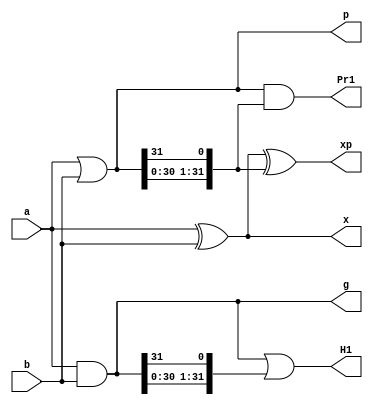
// Using Ling recursion

// 32-bit Modulo adder 
//--------------------------------------------------------------------------------------

// Stage 1
module L32_stage_1(a, b, g, p, x, xp, H1, Pr1);
    
    input [31:0]a;
    input [31:0]b;
    output [31:0]g;
    output [31:0]p;
    output [31:0]x;
    output [31:0]xp;     
    output [31:0]H1;  //Ling-carry
    output [31:0]Pr1; // Group propagate
    
    assign g[31:0] = a[31:0] & b[31:0] ;
    assign p[31:0] = a[31:0] | b[31:0] ;
    assign x[31:0] = a[31:0] ^ b[31:0] ;
    assign xp[31:0] = x[31:0] ^ {p[30:0],p[31]} ;    
    
    assign H1[31:0] = g[31:0] | {g[30:0],g[31]} ;
    assign Pr1[31:0] = p[31:0] & {p[30:0],p[31]} ;
    
endmodule


// Stage 2
module L32_stage_2(H1, Pr1, H2, Pr2);
    
    input [31:0]H1;
    input [31:0]Pr1;
    output [31:0]H2;
    output [31:0]Pr2;
    
    assign H2[31:0] = H1[31:0] | {Pr1[30:0],Pr1[31]} & {H1[29:0],H1[31:30]} ;
    assign Pr2[31:0] = Pr1[31:0] & {Pr1[29:0],Pr1[31:30]};
    
endmodule


// Stage 3
module L32_stage_3(H2, Pr2, H3, Pr3);
    
    input [31:0]H2;
    input [31:0]Pr2;
    output [31:0]H3;
    output [31:0]Pr3;

    
    assign H3[31:0] = H2[31:0] | {Pr2[30:0],Pr2[31]} & {H2[27:0],H2[31:28]} ;
    assign Pr3[31:0] = Pr2[31:0] & {Pr2[27:0],Pr2[31:28]} ;
    
endmodule


// Stage 4
module L32_stage_4(H3, Pr3, H4, Pr4);
    
    input [31:0]H3;
    input [31:0]Pr3;
    output [31:0]H4;
    output [31:0]Pr4;
    
    assign H4[31:0] = H3[31:0] | {Pr3[30:0],Pr3[31]} & {H3[23:0],H3[31:24]} ;
    assign Pr4[31:0] = Pr3[31:0] & {Pr3[23:0],Pr3[31:24]} ;
    
endmodule


// Stage 5
module L32_stage_5(H4, Pr4, H5);
    
    input [31:0]H4;
    input [31:0]Pr4;
    output [31:0]H5;
    
    assign H5[31:0] = H4[31:0] | {Pr4[30:0],Pr4[31]} & {H4[15:0],H4[31:16]} ;

endmodule


// Stage 6
module L32_adder(a, b, sum);

    input [31:0]a;
    input [31:0]b;
    output [31:0]sum;
    
    wire [31:0]g;
    wire [31:0]p;
    wire [31:0]x;
    wire [31:0]xp;
    wire [31:0]H1;
    wire [31:0]Pr1;
    wire [31:0]H2;
    wire [31:0]Pr2;
    wire [31:0]H3;
    wire [31:0]Pr3;
    wire [31:0]H4;
    wire [31:0]Pr4;
    wire [31:0]H5;

    L32_stage_1 CUT1(a, b, g, p, x, xp, H1, Pr1);
    L32_stage_2 CUT2(H1, Pr1, H2, Pr2);
    L32_stage_3 CUT3(H2, Pr2, H3, Pr3);
    L32_stage_4 CUT4(H3, Pr3, H4, Pr4);
    L32_stage_5 CUT5(H4, Pr4, H5);
    
    
   assign sum[31:0] = ~{H5[30:0],H5[31]} & x[31:0] | {H5[30:0],H5[31]} & xp[31:0];
   
    
endmodule




// 32-bit Modulo adder 2x4x4
//--------------------------------------------------------------------------------------
// Stage 1
module L2x4x4_stage_1(a, b, g, p, x);
    
    input [31:0]a;
    input [31:0]b;
    output [31:0]g;
    output [31:0]p;
    output [31:0]x;

    
    assign g[31:0] = a[31:0] & b[31:0] ;
    assign p[31:0] = a[31:0] | b[31:0] ;
    assign x[31:0] = a[31:0] ^ b[31:0] ;
    
endmodule


//Stage 2
module L2x4x4_stage_2(g, p, H1, Pr1);
    input [31:0]g;
    input [31:0]p;    
    output [31:0]H1;
    output [31:0]Pr1;

    assign H1[31:0] = g[31:0] | {g[30:0],g[31]} ;
    assign Pr1[31:0] = p[31:0] & {p[30:0],p[31]} ;    

    
endmodule


//Stage 3
module L2x4x4_stage_3(H1, Pr1, H2, Pr2);
    
    input [31:0]H1;
    input [31:0]Pr1;
    output [31:0]H2;
    output [31:0]Pr2;
    
    assign H2[31:0] =   H1[31:0] | 
                        {Pr1[30:0],Pr1[31]} & {H1[29:0],H1[31:30]} | 
                        {Pr1[30:0],Pr1[31]} & {Pr1[28:0],Pr1[31:29]} & {H1[27:0],H1[31:28]} |
                        {Pr1[30:0],Pr1[31]} & {Pr1[28:0],Pr1[31:29]} & {Pr1[26:0],Pr1[31:27]} & {H1[25:0],H1[31:26]} ;
                        
    assign Pr2[31:0] = Pr1[31:0] & {Pr1[29:0],Pr1[31:30]} & {Pr1[27:0],Pr1[31:28]} & {Pr1[25:0],Pr1[31:26]};
    
endmodule



//Stage 4
module L2x4x4_stage_4(H2, Pr2, H3);
    
    input [31:0]H2;
    input [31:0]Pr2;
    output [31:0]H3;
    
    assign H3[31:0] =   H2[31:0] | 
                        {Pr2[30:0],Pr2[31]} & {H2[23:0],H2[31:24]} | 
                        {Pr2[30:0],Pr2[31]} & {Pr2[22:0],Pr2[31:23]} & {H2[15:0],H2[31:16]} |
                        {Pr2[30:0],Pr2[31]} & {Pr2[22:0],Pr2[31:23]} & {Pr2[14:0],Pr2[31:15]} & {H2[7:0],H2[31:8]} ;
                        
endmodule



// Stage 5
module L2x4x4_adder(a, b, sum);

    input [31:0]a;
    input [31:0]b;
    output [31:0]sum;
    
    wire [31:0]g;
    wire [31:0]p;
    wire [31:0]x;
    wire [31:0]xp;
    wire [31:0]H1;
    wire [31:0]Pr1;
    wire [31:0]H2;
    wire [31:0]Pr2;
    wire [31:0]H3;

    L2x4x4_stage_1 CUT1(a, b, g, p, x);
    L2x4x4_stage_2 CUT2(g, p, H1, Pr1);
    L2x4x4_stage_3 CUT3(H1, Pr1, H2, Pr2);
    L2x4x4_stage_4 CUT4(H2, Pr2, H3);
    
    
   assign sum[31:0] = ~{H3[30:0],H3[31]} & x[31:0] | {H3[30:0],H3[31]} & (x[31:0]^{p[30:0],p[31]});
   
    
endmodule